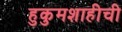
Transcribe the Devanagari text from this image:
हुकुमशाहीची